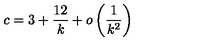
c = 3 + \frac { 1 2 } { k } + o \left( \frac { 1 } { k ^ { 2 } } \right)